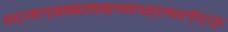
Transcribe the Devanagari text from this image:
क्ष्द्म्ल्ब्म्ब्च्म्ब्ल्म्ल्स्र्ल्क्ष्ल्द्फ्